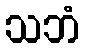
သဘံ